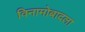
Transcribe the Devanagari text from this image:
विनामोबादला